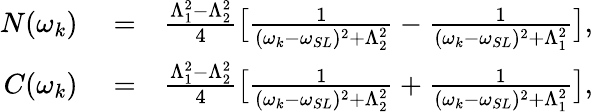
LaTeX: \begin{array}{rlr}{N(\omega_{k})}&{{}=}&{\frac{\Lambda_{1}^{2}-\Lambda_{2}^{2}}{4}\big[\frac{1}{(\omega_{k}-\omega_{SL})^{2}+\Lambda_{2}^{2}}-\frac{1}{(\omega_{k}-\omega_{SL})^{2}+\Lambda_{1}^{2}}\big],}\\ {C(\omega_{k})}&{{}=}&{\frac{\Lambda_{1}^{2}-\Lambda_{2}^{2}}{4}\big[\frac{1}{(\omega_{k}-\omega_{SL})^{2}+\Lambda_{2}^{2}}+\frac{1}{(\omega_{k}-\omega_{SL})^{2}+\Lambda_{1}^{2}}\big],}\end{array}